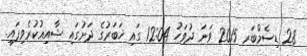
28 ޑިސެމްބަރ 2015 ވަނަ ދުވަހު 12:04 ގައި ޚަބަރުގެ ދަށުގައި ޝާއިޢުކުރެވިފައި.